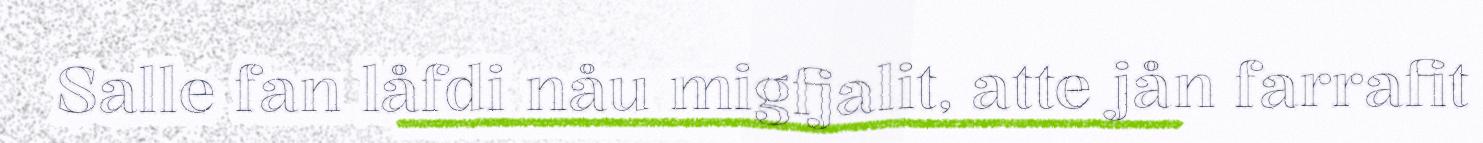
Salle fan låfdi nåu migfjalit, atte jån farrafit